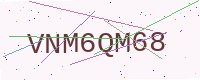
Text: VNM6QM68